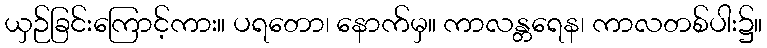
ယှဉ်ခြင်းကြောင့်ကား။ ပရတော၊ နောက်မှ။ ကာလန္တရေန၊ ကာလတစ်ပါး၌။